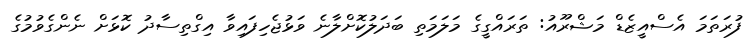
ފުރަތަމަ އެސްއީޒެޑް މަޝްރޫއު: ތަރައްގީގެ މަލަމަތި ބަދަލުކޮށްލާނެ ވަޅުޖެހިފައިވާ އިގްތިސާދު ކޮޅަށް ނެންގެވުމުގެ